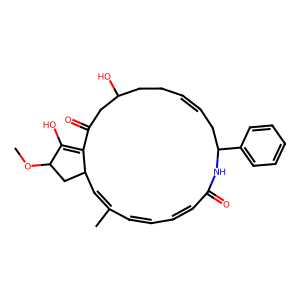
SMILES: COC1CC2C=C(C)C=CC=CC(=O)NC(c3ccccc3)CC=CCCC(O)CC(=O)C2=C1O
Inhibits HIV replication: No